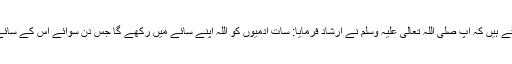
سیدنا ابوہریرہؓ روایت کرتے ہیں کہ آپ صلی اللہ تعالیٰ علیہ وسلم نے ارشاد فرمایا: سات آدمیوں کو اللہ اپنے سائے میں رکھے گا جس دن سوائے اس کے سائے کے کوئی سایہ نہ ہوگا۔